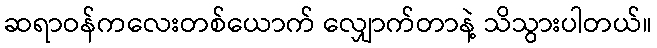
ဆရာဝန်ကလေးတစ်ယောက် လျှောက်တာနဲ့ သိသွားပါတယ်။